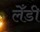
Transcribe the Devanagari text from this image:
लेँडी